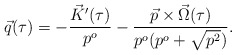
\begin{align*}\vec{q}(\tau)=-\frac{\vec{K}'(\tau)}{p^o}-\frac{\vec{p}\times\vec{\Omega}(\tau)}{p^o(p^o+\sqrt{p^2})}. \end{align*}